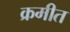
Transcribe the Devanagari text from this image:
क्रमीत